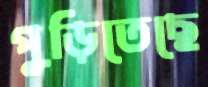
পুড়িতেছে